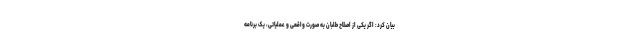
بیان کرد: اگر یکی از اصلاح طلبان به صورت واقعی و عملیاتی، یک برنامه